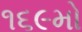
૧૬૯મો